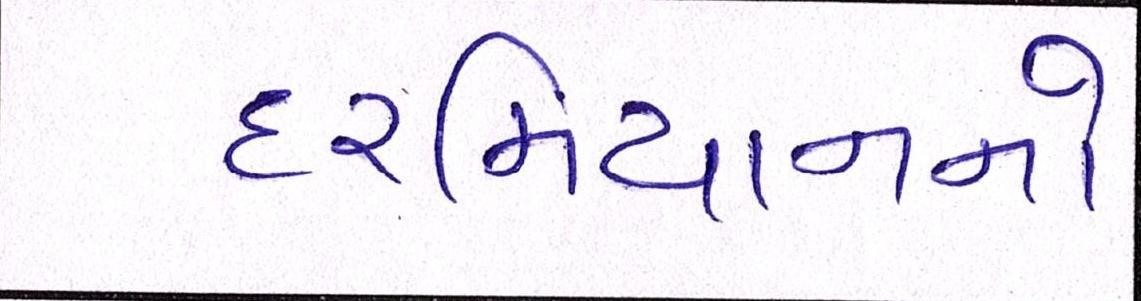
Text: દરમિયાનનો